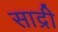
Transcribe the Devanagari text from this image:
साद्री